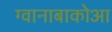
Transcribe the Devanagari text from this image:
ग्वानाबाकोआ